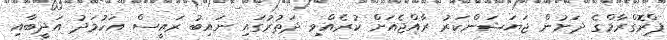
ޕްރޮގްރާމްގެ ދަށުން ޖަޔަޝަންކަރު ރާއްޖެއަށް ކުރެއްވި ދަތުރުގައި ނައިބު ރައީސް އަހުމަދު އަދީބާއި